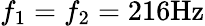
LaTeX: f_{1}=f_{2}=216\mathrm{Hz}